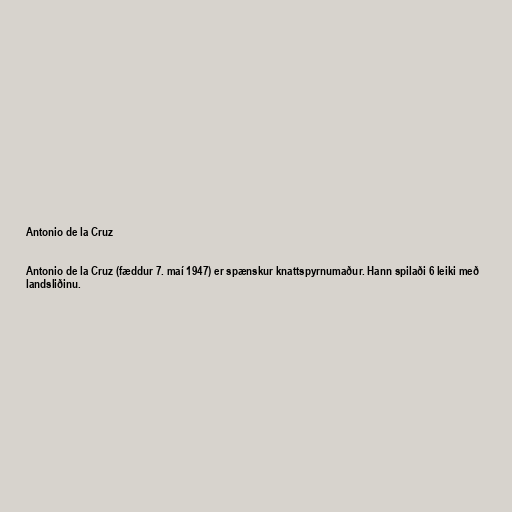
Antonio de la Cruz

Antonio de la Cruz (fæddur 7. maí 1947) er spænskur knattspyrnumaður. Hann spilaði 6 leiki með
landsliðinu.